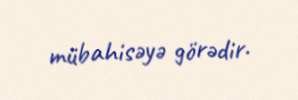
mübahisəyə görədir.